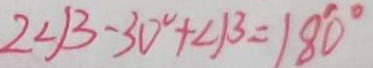
2 \angle \beta - 3 0 ^ { \circ } + \angle \beta = 1 8 0 ^ { \circ }